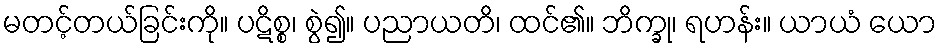
မတင့်တယ်ခြင်းကို။ ပဋိစ္စ၊ စွဲ၍။ ပညာယတိ၊ ထင်၏။ ဘိက္ခု၊ ရဟန်း။ ယာယံ ယော